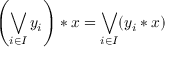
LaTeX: \left( \bigvee _ { i \in I } { y _ { i } } \right) * { x } = \bigvee _ { i \in I } ( y _ { i } * x )